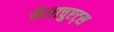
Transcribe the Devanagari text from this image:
मैसाचुएट्स